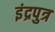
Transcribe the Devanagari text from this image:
इंद्रपुत्र